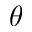
\theta